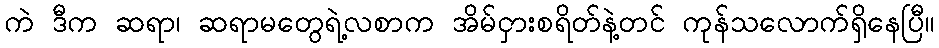
ကဲ ဒီက ဆရာ၊ ဆရာမတွေရဲ့လစာက အိမ်ငှားစရိတ်နဲ့တင် ကုန်သလောက်ရှိနေပြီ။